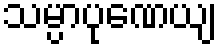
သမ္ပာပုဏေယျ